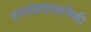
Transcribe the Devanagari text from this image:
उपसंप्रदायापैकी